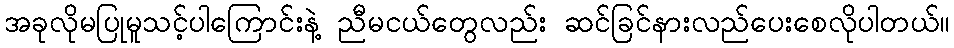
အခုလိုမပြုမူသင့်ပါကြောင်းနဲ့ ညီမငယ်တွေလည်း ဆင်ခြင်နားလည်ပေးစေလိုပါတယ်။